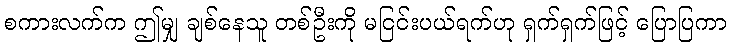
စကားလက်က ဤမျှ ချစ်နေသူ တစ်ဦးကို မငြင်းပယ်ရက်ဟု ရှက်ရှက်ဖြင့် ပြောပြကာ